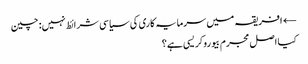
← افریقہ میں سرمایہ کاری کی سیاسی شرائط نہیں: چین
کیا اصل مجرم بیوروکریسی ہے؟